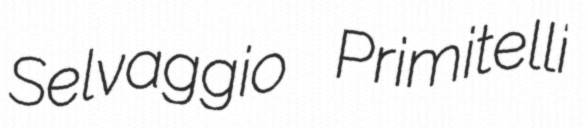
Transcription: Selvaggio Primitelli